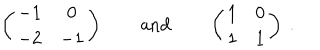
\left( \begin{matrix} { { - 1 } } & { { 0 } } \\ { { - 2 } } & { { - 1 } } \\ \end{matrix} \right) \qquad \mathrm { a n d } \qquad \left( \begin{matrix} { { 1 } } & { { 0 } } \\ { { 1 } } & { { 1 } } \\ \end{matrix} \right) \ .